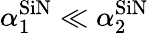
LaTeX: \alpha_{1}^{\textrm{SiN}}\ll\alpha_{2}^{\textrm{SiN}}